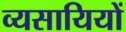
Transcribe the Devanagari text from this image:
व्यसायियों